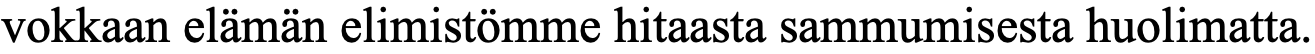
vokkaan elämän elimistömme hitaasta sammumisesta huolimatta.